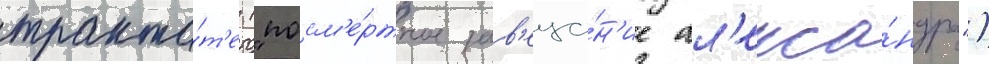
тракта́т'е ("посм'е́ртное зав'еща́н'ие ал'екса́ндра")